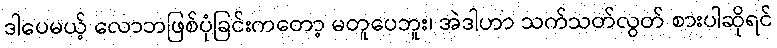
ဒါပေမယ့် လောဘဖြစ်ပုံခြင်းကတော့ မတူပေဘူး၊ အဲဒါဟာ သက်သတ်လွတ် စားပါဆိုရင်